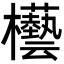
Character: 𣡊